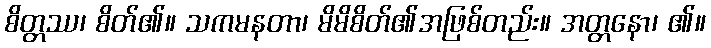
စိတ္တဿ၊ စိတ်၏။ သကမနတာ၊ မိမိစိတ်၏အဖြစ်တည်း။ အတ္တနော၊ ၏။